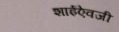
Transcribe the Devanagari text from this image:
शाईऐवजी